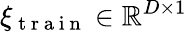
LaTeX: \xi_{\mathrm{~t~r~a~i~n~}}\in\mathbb{R}^{D\times 1}